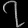
Digit: ၇